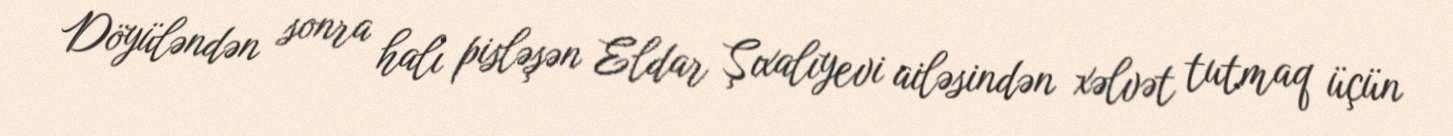
Döyüləndən sonra halı pisləşən Eldar Şıxalıyevi ailəsindən xəlvət tutmaq üçün